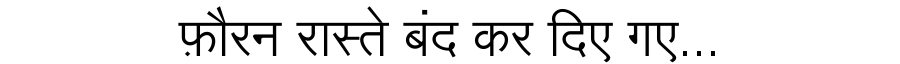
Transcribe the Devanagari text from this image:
फ़ौरन रास्ते बंद कर दिए गए...